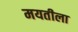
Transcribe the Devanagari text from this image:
मयतीला